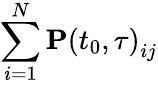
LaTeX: \sum_{i=1}^{N}\mathbf{P}\left(t_{0},\tau\right)_{ij}